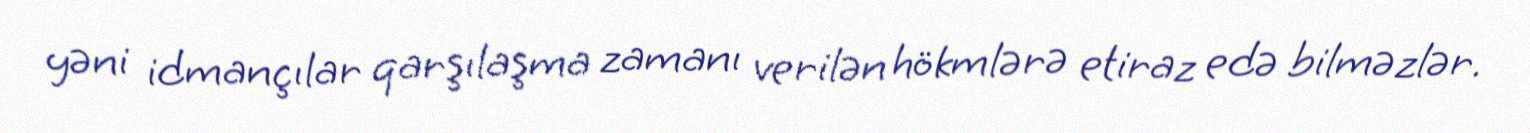
yəni idmançılar qarşılaşma zamanı verilən hökmlərə etiraz edə bilməzlər.